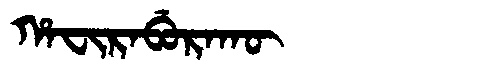
Manchu: ᡥᠠᠸᡳᡵᠠᠪᡠᡵᠠᡴᡡ
Romanization: HAFIRABURAKŪ